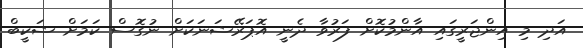
އަދި މި އިންޖަރީގައި އާންމުކޮށް ފަރުވާ ދެނީ އޮޕަރޭޝަނަކަށް ނުގޮސް ކަމަށް ޝަކީބް